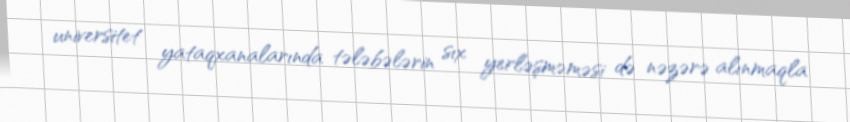
universitet yataqxanalarında tələbələrin sıx yerləşməməsi də nəzərə alınmaqla